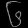
Digit: ၆